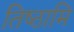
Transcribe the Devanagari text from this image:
तिष्‍ठामि